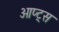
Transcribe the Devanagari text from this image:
ओप्ट्स